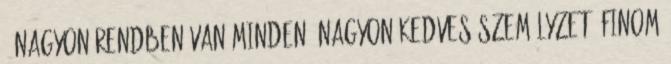
. Nagyon rendben van minden. Nagyon kedves személyzet, finom